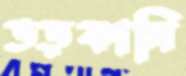
ভড়কানি